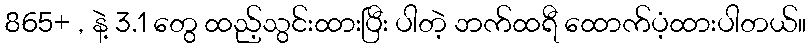
865+ , နဲ့ 3.1 တွေ ထည့်သွင်းထားပြီး ပါတဲ့ ဘက်ထရီ ထောက်ပံ့ထားပါတယ်။